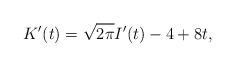
LaTeX: \begin{align*}K'(t)=\sqrt{2\pi}I'(t)-4+8t,\end{align*}